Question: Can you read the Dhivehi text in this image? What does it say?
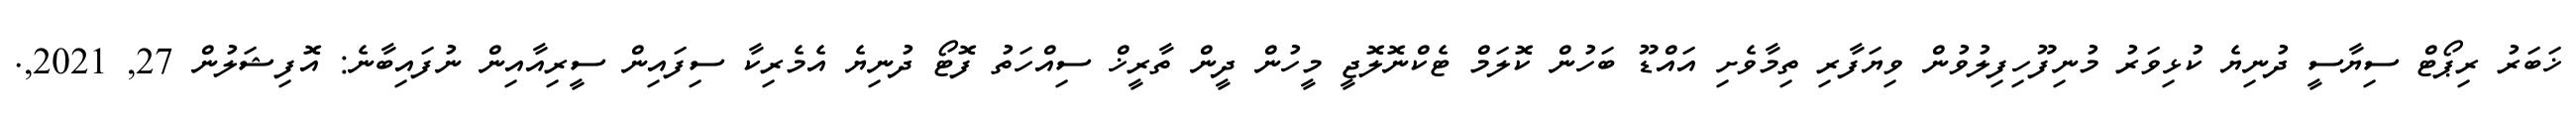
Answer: ޚަބަރު ރިޕޯޓް ސިޔާސީ ދުނިޔެ ކުޅިވަރު މުނިފޫހިފިލުވުން ވިޔަފާރި ތިމާވެށި އައްޑޫ ބަހުން ކޮލަމް ޓެކްނޮލޮޖީ މީހުން ދީން ތާރީޚް ސިއްހަތު ފޮޓޯ ދުނިޔެ އެމެރިކާ ސިފައިން ސީރިއާއިން ނުފައިބާނެ: އޮފިޝަލުން 27, 2021,.